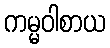
ကမ္မဝါစာယ